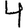
Digit: 4